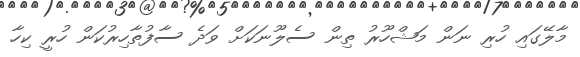
މާލޭގައި ހުރި ނަން މަޝްހޫރު ތިން ސެލޫނަކަށް ވަދެ ސާފުތާހިރުކަން ހުރީ ކިހާ